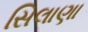
સિલાણા